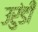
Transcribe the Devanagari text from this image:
उरुंडी